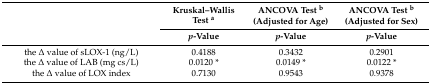
|  | Kruskal–Wallis Test a | ANCOVA Test b (Adjusted for Age) | ANCOVA Test b (Adjusted for Sex) |
 |  | p-Value | p-Value | p-Value |
 | --- | --- | --- | --- |
 | the Δ value of sLOX-1 (ng/L) | 0.4188 | 0.3432 | 0.2901 |
 | the Δ value of LAB (mg cs/L) | 0.0120 * | 0.0149 * | 0.0122 * |
 | the Δ value of LOX index | 0.7130 | 0.9543 | 0.9378 |